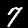
Label: 7